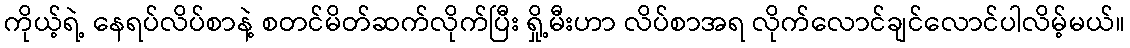
ကိုယ့်ရဲ့ နေရပ်လိပ်စာနဲ့ စတင်မိတ်ဆက်လိုက်ပြီး ရှို့မီးဟာ လိပ်စာအရ လိုက်လောင်ချင်လောင်ပါလိမ့်မယ်။